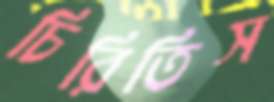
চিরিতিস